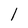
Character: 1